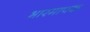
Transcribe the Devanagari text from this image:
भारमापक